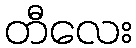
တီလေး